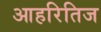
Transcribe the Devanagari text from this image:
आहरितिज